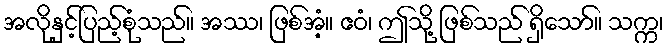
အလိုနှင့်ပြည့်စုံသည်။ အဿ၊ ဖြစ်အံ့။ ဧဝံ၊ ဤသို့ ဖြစ်သည် ရှိသော်။ သက္က၊